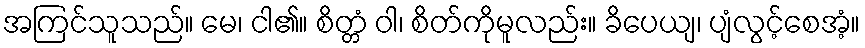
အကြင်သူသည်။ မေ၊ ငါ၏။ စိတ္တံ ဝါ၊ စိတ်ကိုမူလည်း။ ခိပေယျ၊ ပျံလွင့်စေအံ့။